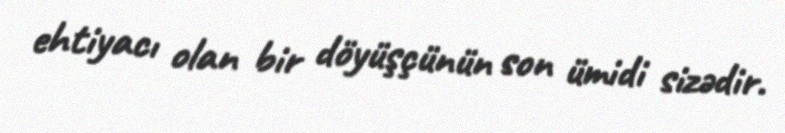
ehtiyacı olan bir döyüşçünün son ümidi sizədir.